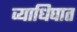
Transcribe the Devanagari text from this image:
व्याधिघात